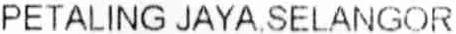
PETALING JAYA,SELANGOR